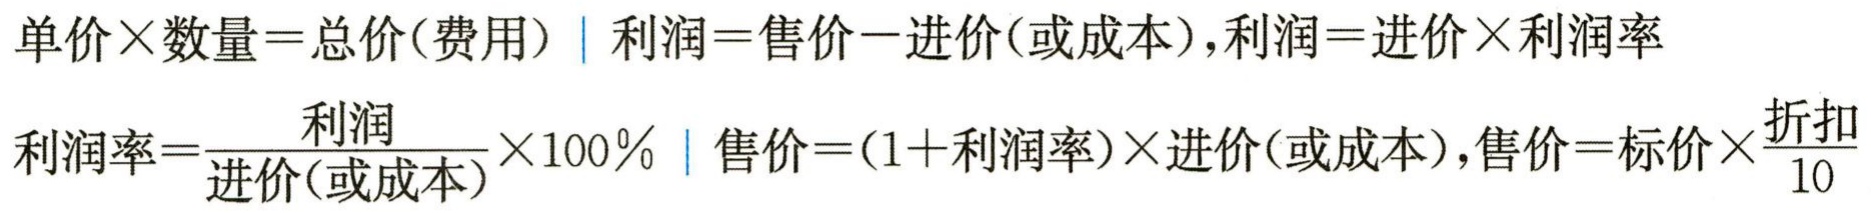
单价×数量=总价(费用) | 利润=售价−进价(或成本),利润=进价×利润率

利润率=\(\frac{利润}{进价(或成本)}\times100\%\) | 售价=(1+利润率)×进价(或成本),售价=标价×\(\frac{折扣}{10}\)